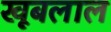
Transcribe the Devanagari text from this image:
खूबलाल